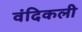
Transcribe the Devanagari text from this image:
वंदिकली